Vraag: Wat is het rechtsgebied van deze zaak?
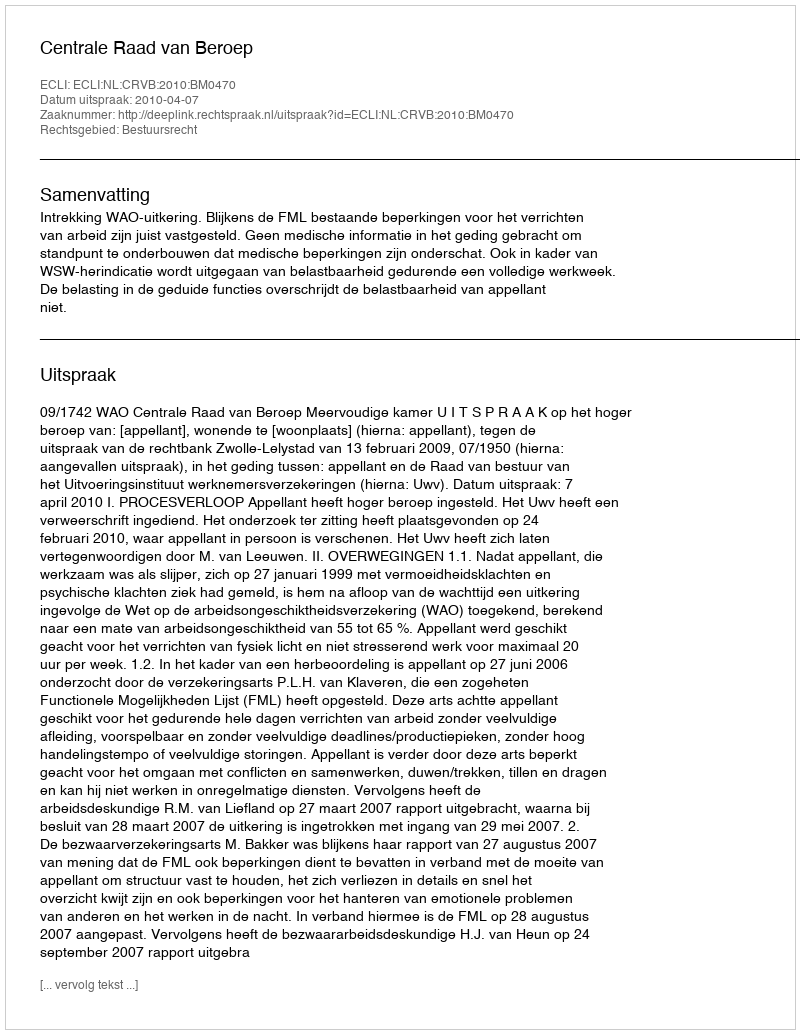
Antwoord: Bestuursrecht